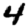
Digit: 4